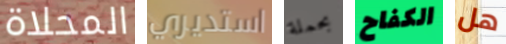
المحلاة استديري بحملة الكفاح هل